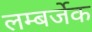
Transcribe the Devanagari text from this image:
लम्बर्जेक